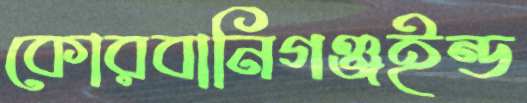
কোরবানিগঞ্জইন্ড